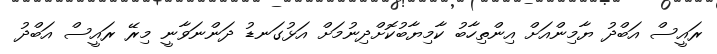
ރައީސް އަބްދު ޔާމިންއަށް އިންތިހާބު ކާމިޔާބުކޮށްދިނުމަށް އަޅުގަނޑު ދަންނަވާނީ މިރޭ ރައީސް އަބްދު